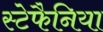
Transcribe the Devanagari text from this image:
स्टेफैनिया